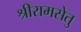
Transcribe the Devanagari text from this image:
श्रीरामसेतु